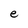
Character: e